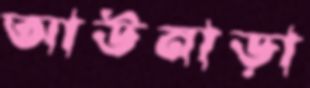
আউনাড়া